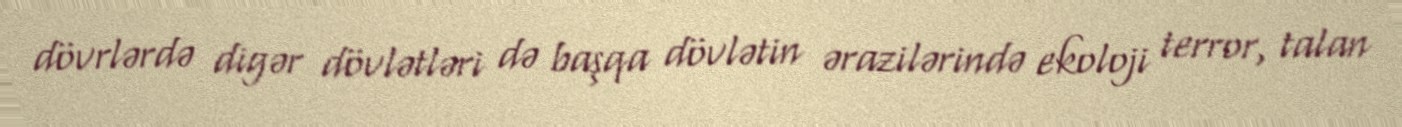
dövrlərdə digər dövlətləri də başqa dövlətin ərazilərində ekoloji terror, talan